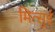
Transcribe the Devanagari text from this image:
मित्‍सुई